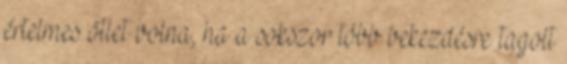
értelmes ötlet volna, ha a sokszor több bekezdésre tagolt